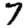
Digit: 7